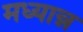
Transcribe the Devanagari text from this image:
मध्यान्न